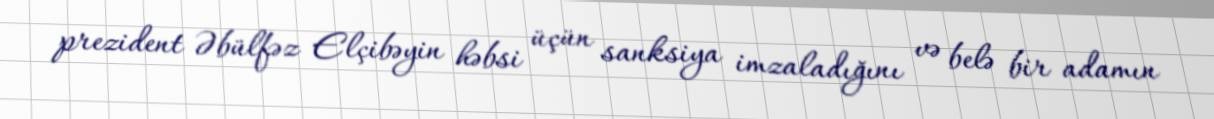
prezident Əbülfəz Elçibəyin həbsi üçün sanksiya imzaladığını və belə bir adamın